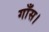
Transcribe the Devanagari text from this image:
गाँस।